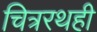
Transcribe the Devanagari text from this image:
चित्ररथही